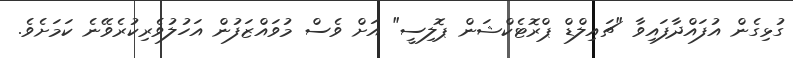
ގުޅިގެން އުފައްދާފައިވާ "ޗައިލްޑް ޕްރޮޓެކްޝަން ޕޮލިސީ" އަށް ވެސް މުވައްޒަފުން އަހުލުވެރިކުރެވޭނެ ކަމަށެވެ.